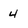
Character: 4